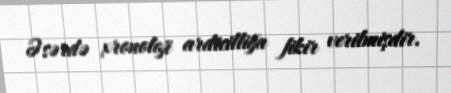
Əsərdə xronoloji ardicilliğa fikir verilmişdir.